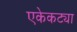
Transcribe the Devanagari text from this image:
एकेकट्या